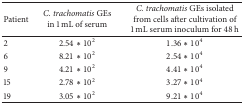
<table><thead><tr><td><b>Patient</b></td><td><b><i>C. trachomatis</i> GEs in 1 mL of serum</b></td><td><b><i>C. trachomatis</i> GEs isolated from cells after cultivation of 1 mL serum inoculum for 48 h </b></td></tr></thead><tbody><tr><td>2</td><td>2.54∗10<sup>2</sup></td><td>1.36∗10<sup>4</sup></td></tr><tr><td>6</td><td>8.21∗10<sup>2</sup></td><td>2.54∗10<sup>4</sup></td></tr><tr><td>9</td><td>4.21∗10<sup>2</sup></td><td>4.41∗10<sup>4</sup></td></tr><tr><td>15</td><td>2.78∗10<sup>2</sup></td><td>3.27∗10<sup>4</sup></td></tr><tr><td>19</td><td>3.05∗10<sup>2</sup></td><td>9.21∗10<sup>4</sup></td></tr></tbody></table>